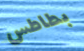
بطاطس